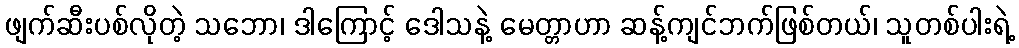
ဖျက်ဆီးပစ်လိုတဲ့ သဘော၊ ဒါကြောင့် ဒေါသနဲ့ မေတ္တာဟာ ဆန့်ကျင်ဘက်ဖြစ်တယ်၊ သူတစ်ပါးရဲ့